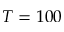
T = 1 0 0